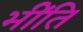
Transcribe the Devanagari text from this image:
भींति